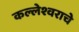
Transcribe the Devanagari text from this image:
कल्लेश्वराचे